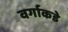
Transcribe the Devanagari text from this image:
वर्गाकडे